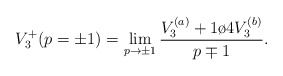
\begin{align*}V_3^+(p=\pm1)=\displaystyle\lim_{p\to\pm 1}{V_3^{(a)}+{1\o 4}V_3^{(b)}\over{p\mp 1}}.\end{align*}